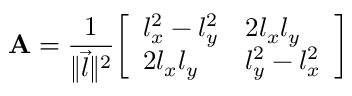
\mathbf { A } = { \frac { 1 } { \lVert { \vec { l } } \rVert ^ { 2 } } } { \left[ \begin{array} { l l } { l _ { x } ^ { 2 } - l _ { y } ^ { 2 } } & { 2 l _ { x } l _ { y } } \\ { 2 l _ { x } l _ { y } } & { l _ { y } ^ { 2 } - l _ { x } ^ { 2 } } \end{array} \right] }